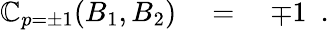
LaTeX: \mathbb{C}_{p=\pm1}(B_{1},B_{2})\quad=\quad\mp1\ \ .